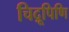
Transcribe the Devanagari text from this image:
चिद्रूपिणि